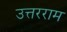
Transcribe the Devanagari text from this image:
उत्तरराम